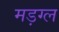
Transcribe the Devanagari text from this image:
मड़ग्ल